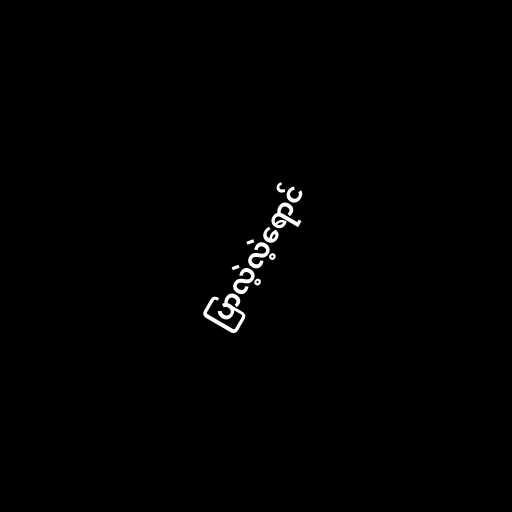
ပြာလဲ့လဲ့ရောင်